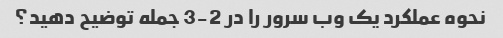
نحوه عملکرد یک وب سرور را در 2-3 جمله توضیح دهید؟